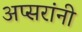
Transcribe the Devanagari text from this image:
अप्सरांनी